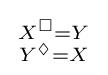
{\begin{smallmatrix}X^{\Box }=Y\\Y^{\Diamond }=X\end{smallmatrix}}